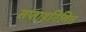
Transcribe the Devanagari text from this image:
सप्ताहनिमित्त